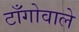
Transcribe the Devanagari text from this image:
टाँगोवाले